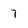
Character: 7